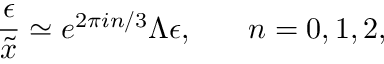
\frac { \epsilon } { \tilde { x } } \simeq e ^ { 2 \pi i n / 3 } \Lambda \epsilon , \: \: \: \: \: \: \: \: n = 0 , 1 , 2 ,